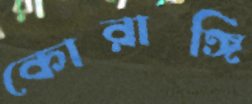
কোরাঙ্গি